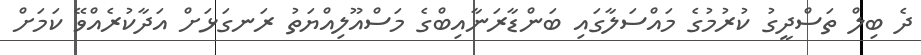
ދެ ބިލް ތަސްދީގު ކުރުމުގެ މައްސަލާގައި ބަންޑާރަނާއިބްގެ މަސްއޫލިއްޔަތު ރަނގަޅަށް އަދާކުރެއްވޭ ކަމަށް